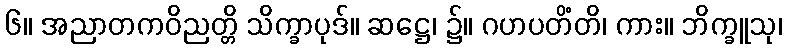
၆။ အညာတကဝိညတ္တိ သိက္ခာပုဒ်။ ဆဋ္ဌေ၊ ၌။ ဂဟပတိံတိ၊ ကား။ ဘိက္ခူသု၊